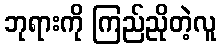
ဘုရားကို ကြည်ညိုတဲ့လူ